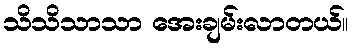
သိသိသာသာ အေးချမ်းလာတယ်။